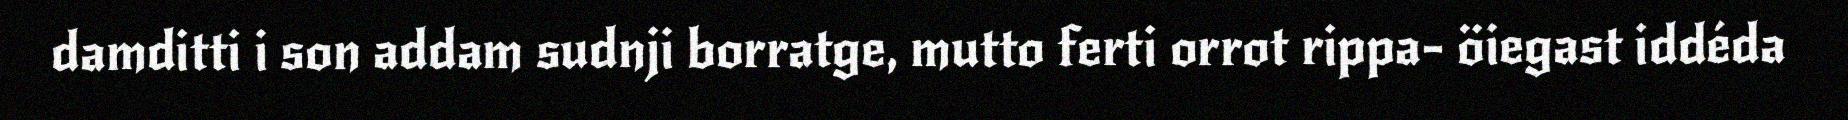
damditti i son addam sudnji borratge, mutto ferti orrot rippa- öiegast iddéda